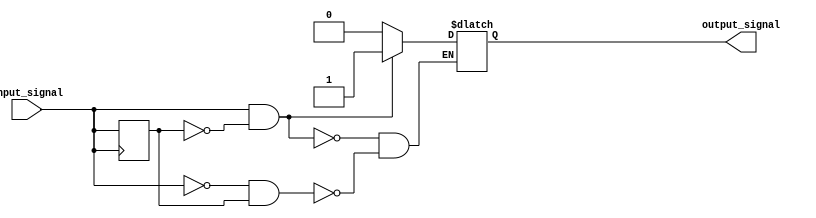
module schmitt_trigger_buffer(
    input wire input_signal,
    output reg output_signal
);

reg previous_state;

// Schmitt trigger buffer logic
always @(input_signal)
begin
    if (input_signal == 1 && previous_state == 0)
        output_signal <= 1;
    else if (input_signal == 0 && previous_state == 1)
        output_signal <= 0;
end

// Store previous state
always @(posedge input_signal)
begin
    previous_state <= input_signal;
end

endmodule